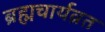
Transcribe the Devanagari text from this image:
ब्रह्मचार्यव्रत